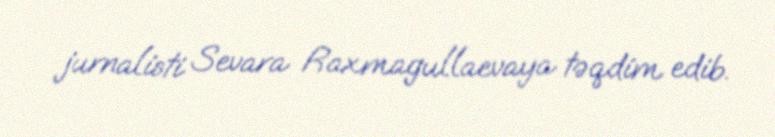
jurnalisti Sevara Raxmagullaevaya təqdim edib.